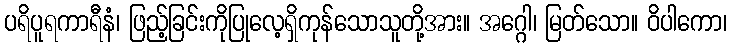
ပရိပူရကာရီနံ၊ ဖြည့်ခြင်းကိုပြုလေ့ရှိကုန်သောသူတို့အား။ အဂ္ဂေါ၊ မြတ်သော။ ဝိပါကော၊